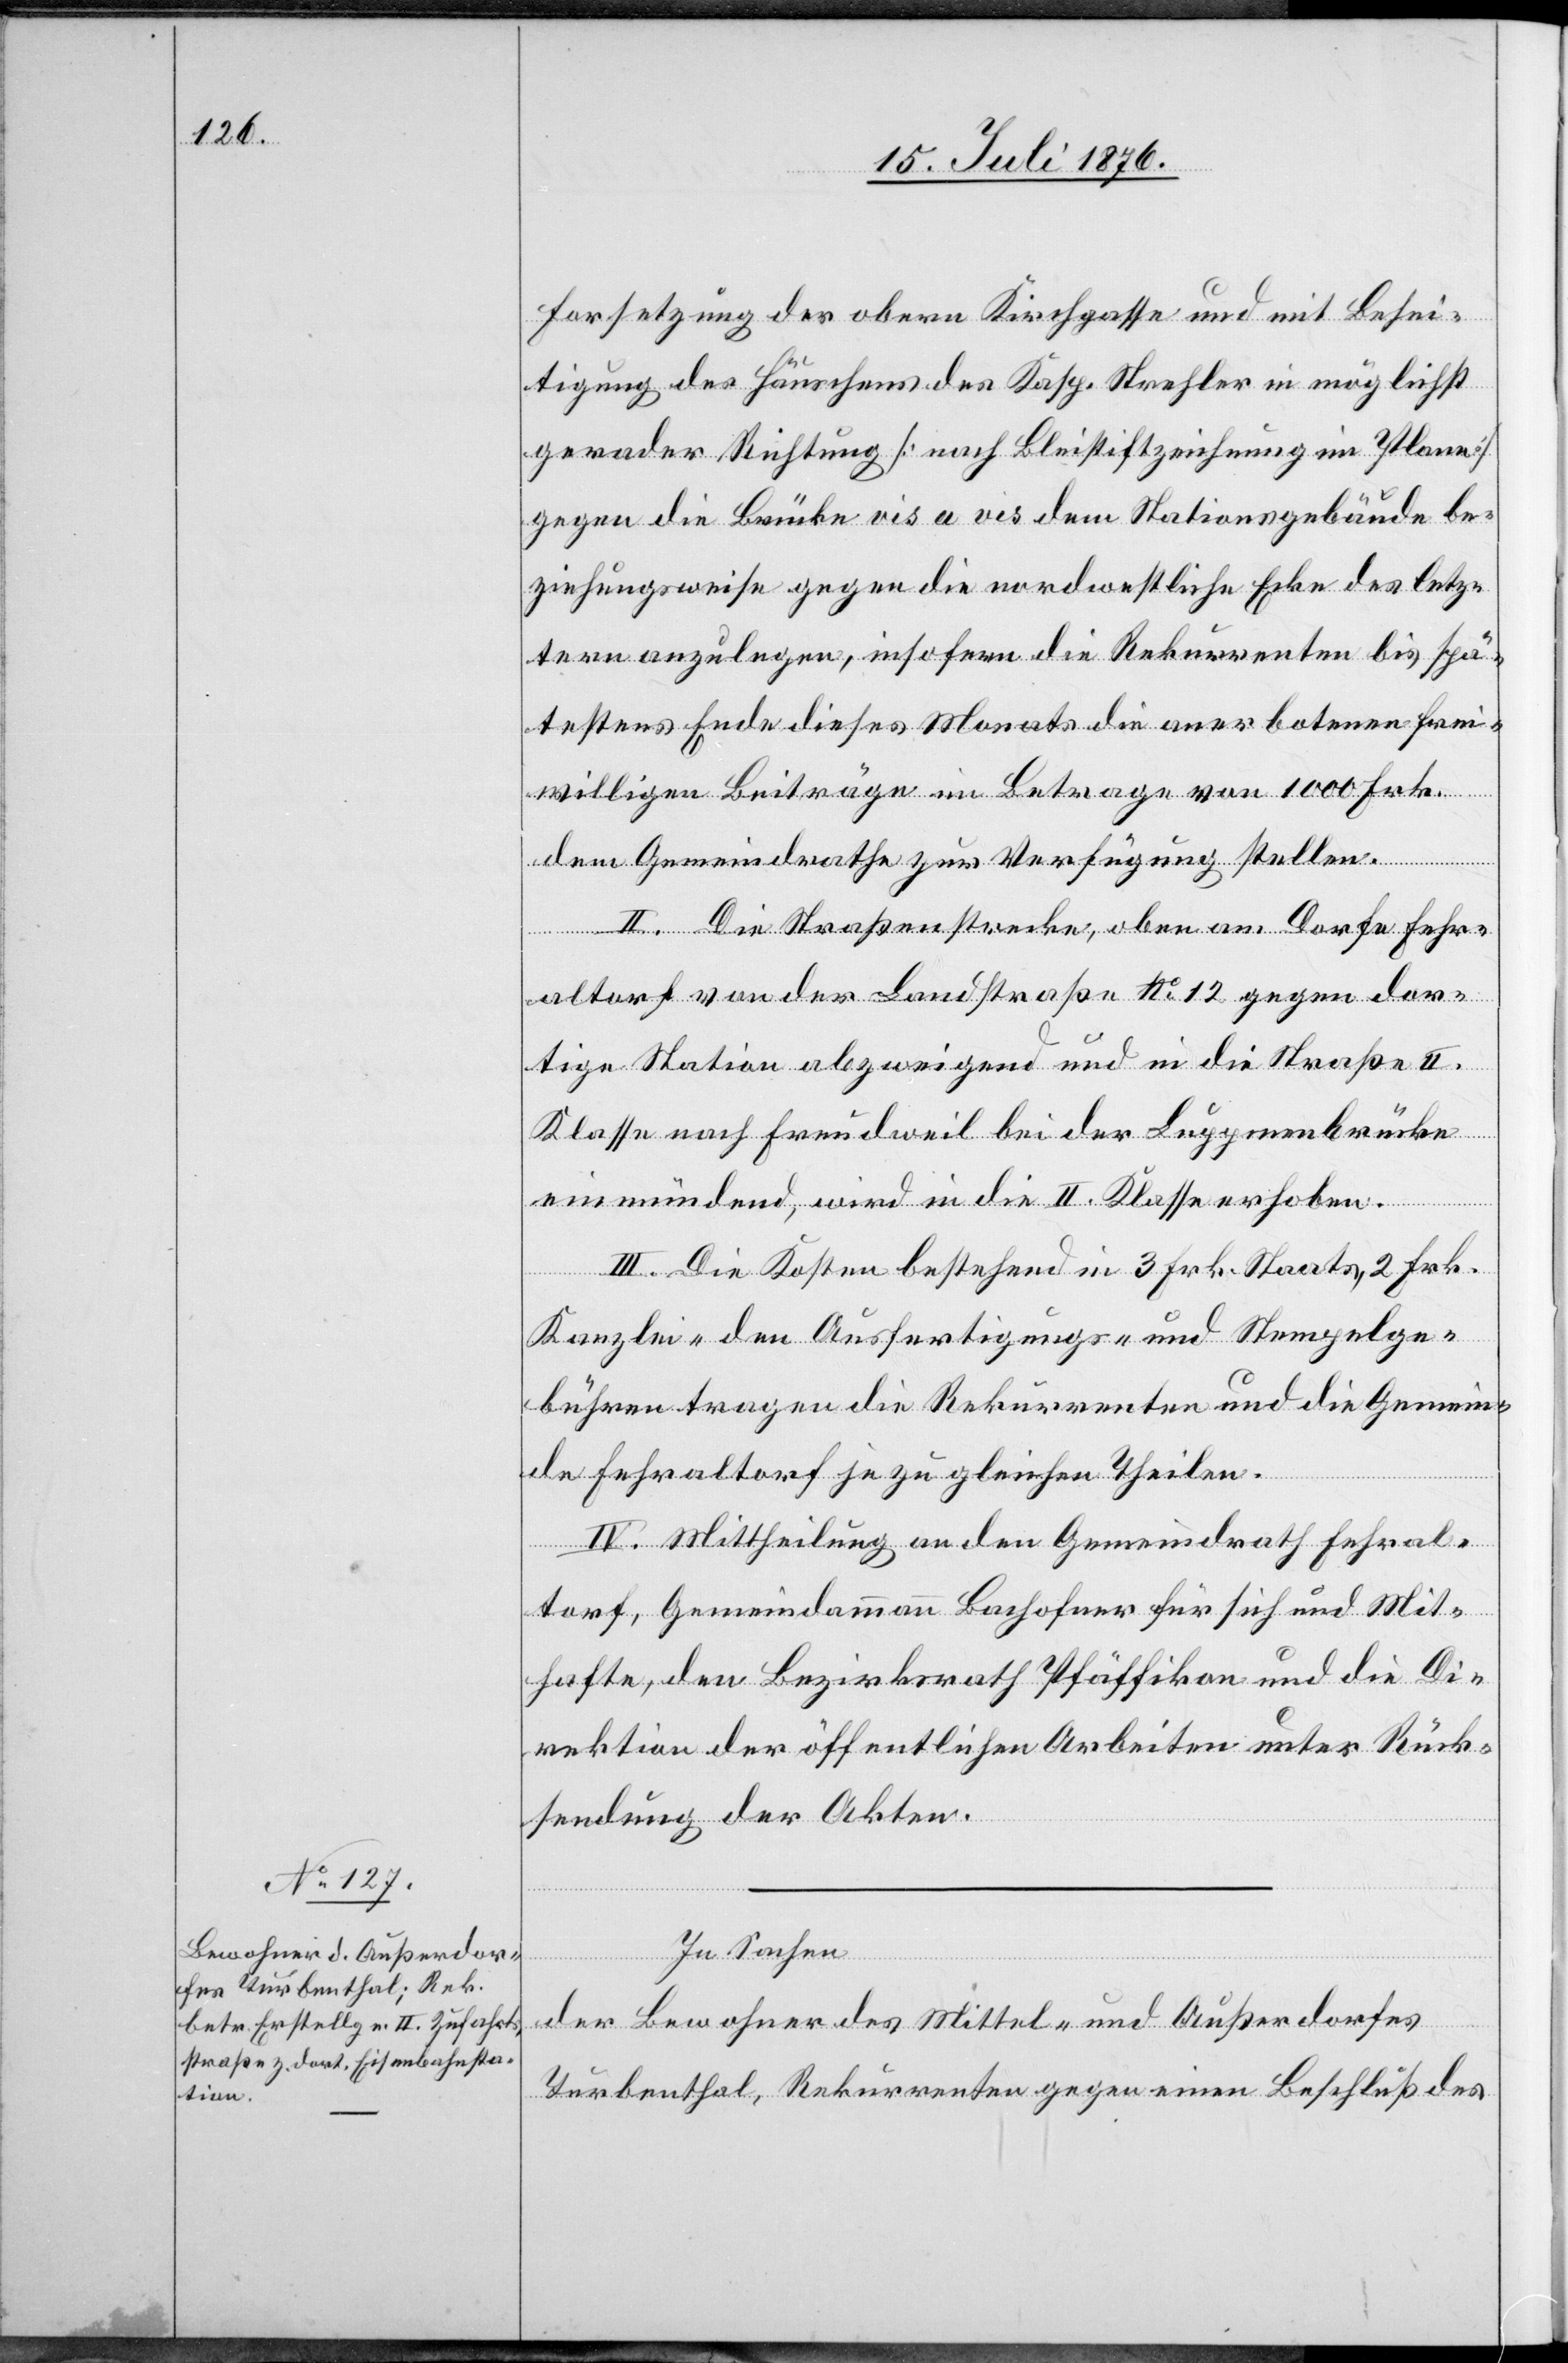
Fortsetzung der obern Kirchgasse und mit Besei¬
tigung des Häuschens des Kasp. Strehler in möglichst
gerader Richtung [nach Bleistiftzeichnung im Plane]
gegen die Brücke vis a vis dem Stationsgebäude be¬
ziehungsweise gegen die nordwestliche Ecke des letz¬
tern anzulegen, insofern die Rekurrenten bis spä¬
testens Ende dieses Monats die anerbotenen frei¬
willigen Beiträge im Betrage von 1000 Frk.
dem Gemeindrathe zur Verfügung stellen.
II. Die Straßenstrecke, oben am Dorfe Fehr¬
altorf von der Landstraße No 12 gegen dor¬
tige Station abzweigend und in die Straße II.
Klasse nach Freudweil bei der Luppmenbrücke
einmündend, wird in die II. Klasse erhoben.
III. Die Kosten bestehend in 3 Frk. Staats-[,] 2 Frk.
Kanzlei-[,] den Ausfertigungs- und Stempelge¬
bühren tragen die Rekurrenten und die Gemein¬
de Fehraltorf je zu gleichen Theilen.
IV. Mittheilung an den Gemeindrath Fehral¬
torf, Gemeindammann Bachofner für sich und Mit¬
hafte, den Bezirksrath Pfäffikon und die Di¬
rektion der öffentlichen Arbeiten unter Rück¬
sendung der Akten.
In Sachen
der Bewohner des Mittel- und Außerdorfes
Turbenthal, Rekurrenten gegen einen Beschluß des